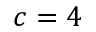
c = 4